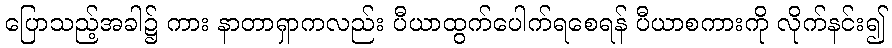
ပြောသည့်အခါ၌ ကား နာတာရှာကလည်း ပီယာထွက်ပေါက်ရစေရန် ပီယာစကားကို လိုက်နင်း၍